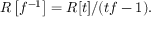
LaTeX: R \left[ f ^ { - 1 } \right] = R [ t ] / ( t f - 1 ) .